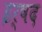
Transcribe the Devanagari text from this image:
इर्षद